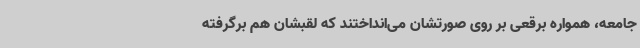
جامعه، همواره برقعی بر روی صورتشان می‌انداختند که لقبشان هم برگرفته